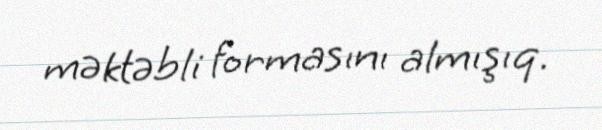
məktəbli formasını almışıq.